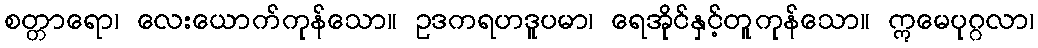
စတ္တာရော၊ လေးယောက်ကုန်သော။ ဥဒကရဟဒူပမာ၊ ရေအိုင်နှင့်တူကုန်သော။ ဣမေပုဂ္ဂလာ၊